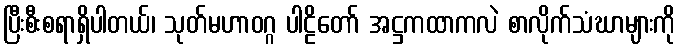
ပြီးစီးစရာရှိပါတယ်၊ သုတ်မဟာဝဂ္ဂ ပါဠိတော် အဋ္ဌကထာကလဲ စာလိုက်သံဃာများကို